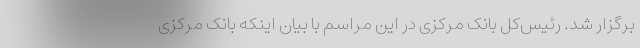
برگزار شد. رئیس‌کل بانک مرکزی در این مراسم با بیان اینکه بانک مرکزی